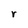
Character: r